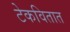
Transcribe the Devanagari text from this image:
टेकवितात